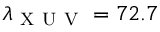
\lambda _ { \mathrm { ~ X ~ U ~ V ~ } } = 7 2 . 7